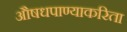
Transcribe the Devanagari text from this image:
औषधपाण्याकरिता